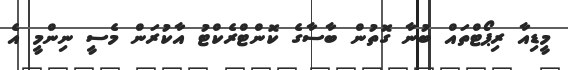
މީޑިއާ ރިޕޯޓްތައް ބުނާ ގޮތުން ބާސާގެ ކޮންޓްރެކްޓު އާކުރަން މެސީ ނިންމީ އެ